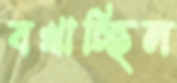
বখাচ্ছিল